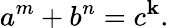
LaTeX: a^{m}+b^{n}=c^{\mathbf{k}}.